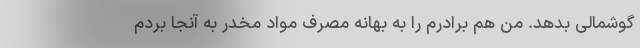
گوشمالی بدهد. من هم برادرم را به بهانه مصرف مواد مخدر به آنجا بردم